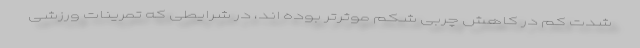
شدت کم در کاهش چربی شکم موثرتر بوده اند، در شرایطی که تمرینات ورزشی